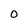
Character: O